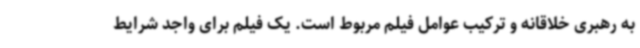
به رهبری خلاقانه و ترکیب عوامل فیلم مربوط است. یک فیلم برای واجد شرایط